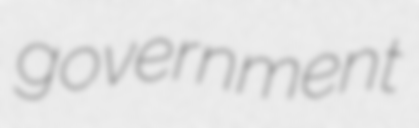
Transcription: government